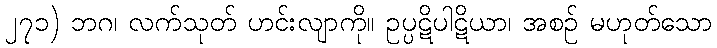
၂၇၁) ဘဂ၊ လက်သုတ် ဟင်းလျာကို။ ဥပ္ပဋိပါဋိယာ၊ အစဉ် မဟုတ်သော